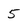
Character: 5